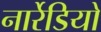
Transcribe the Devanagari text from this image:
नार्रेडियो